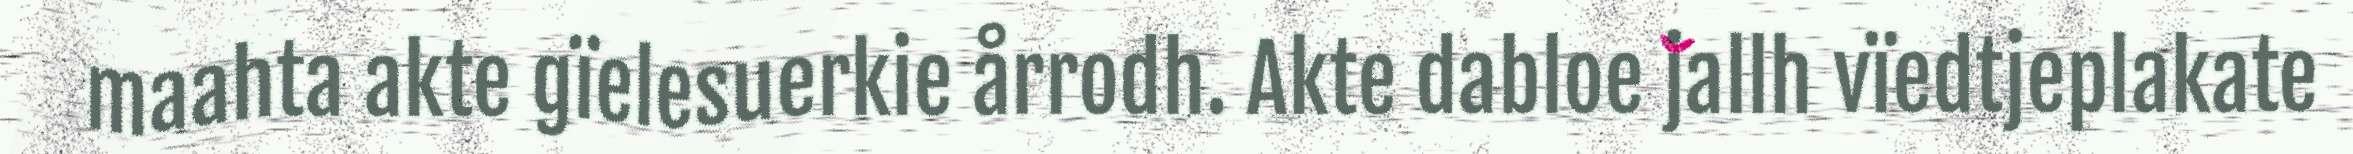
maahta akte gïelesuerkie årrodh. Akte dabloe jallh vïedtjeplakate